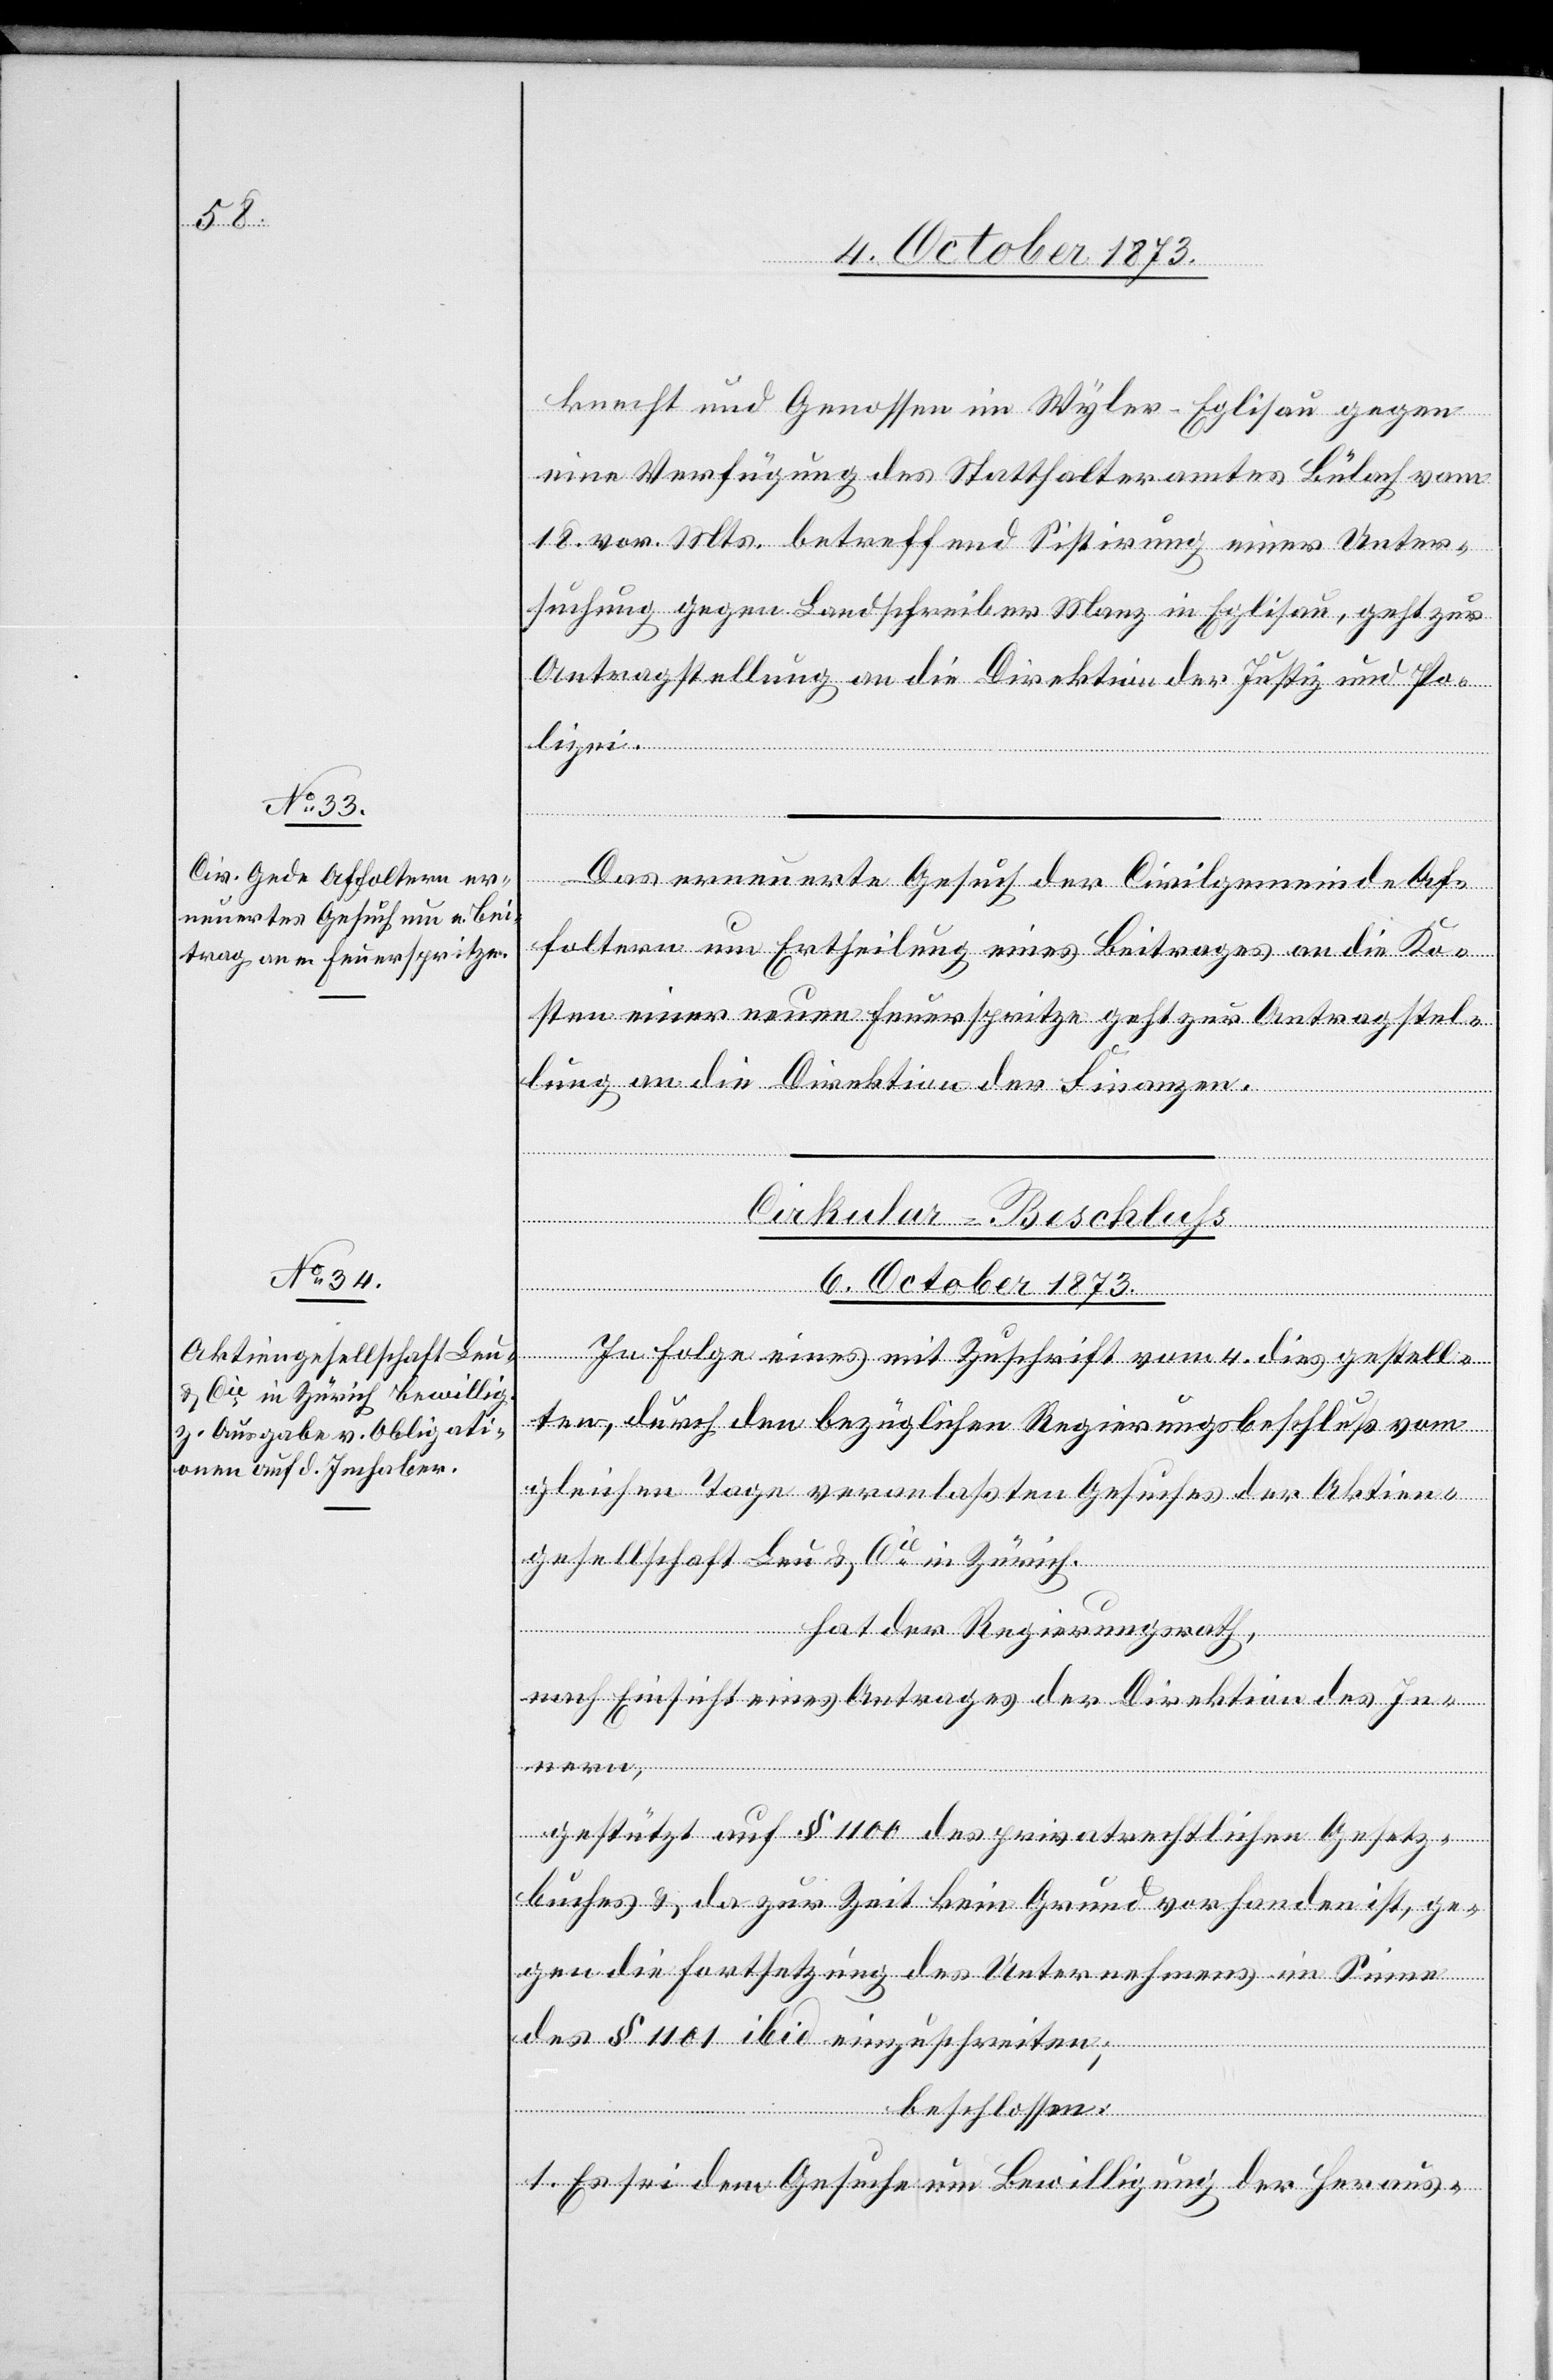
vom 4.
knecht und Genossen im Wyler - Eglisau gegen
eine Verfügung des Statthalteramtes Bülach vom
18. vor. Mts. betreffend Sistirung einer Unter¬
suchung gegen Landschreiber Manz in Eglisau, geht zur
Antragstellung an die Direktion der Justiz und Pol¬
Das erneuerte Gesuch der Civilgemeinde Af¬
foltern um Ertheilung eines Beitrages an die Ko¬
sten einer neuen Feuerspritze geht zur Antragstel¬
lung an die Direktion der Finanzen.
ern,
Cirkular-Beschluss
6. October 1873.
ten, durch den bezüglichen Regierungsbeschluß vom
gleichen Tage veranlaßten Gesuches der Aktien¬
gesellschaft Leu & Cie in Zürich.
hat der Regierungsrath,
nach Einsicht eines Antrages der Direktion des Inn¬
gestützt auf § 1100 des privatrechtlichen Gesetz¬
buches & da zur Zeit kein Grund vorhanden ist, ge¬
gen die Fortsetzung des Unternehmens im Sinne
des § 1101 ibid einzuschreiten;
beschlossen:
1. Es sei dem Gesuche um Bewilligung der Heraus-